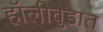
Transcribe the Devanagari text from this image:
हॉलीवुडात